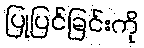
ပြုပြင်ခြင်းကို